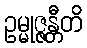
ဥမ္မုဇ္ဇန္တီတိ